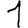
Digit: 1